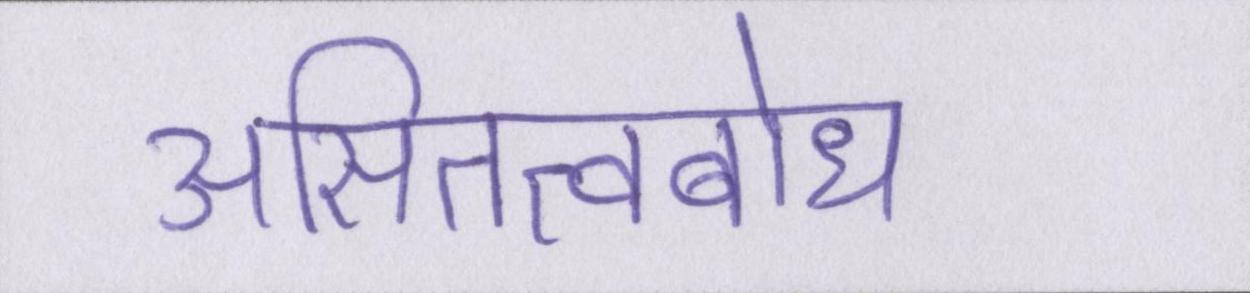
असितत्वबोध